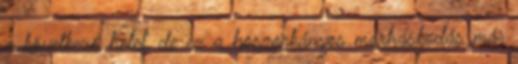
a következő hetet, de ez a boszorkányos marháskodás már